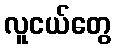
လူငယ်တွေ